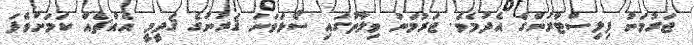
ޖަރުމަނު ފިލިސްޓާރުންގެ އެދުމެވެ. ޖަރުމަނު ވިލާތުގައި ސޯޅަވަނަ ޤަރުނުގެ ޤަދީމީ އެއްޗެއް ކަމަށްވެފަ